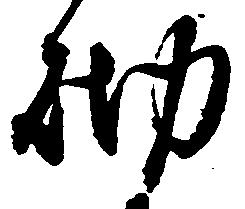
砌